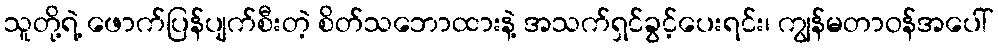
သူတို့ရဲ့ ဖောက်ပြန်ပျက်စီးတဲ့ စိတ်သဘောထားနဲ့ အသက်ရှင်ခွင့်ပေးရင်း၊ ကျွန်မတာဝန်အပေါ်